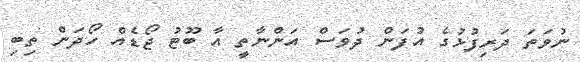
ނުވަތަ ދަރިފުޅުގެ އުފަން ދުވަސް އަންނާތީ އާ ބޫޓު ޖޯޑެއް ހޯދަން ތިބި